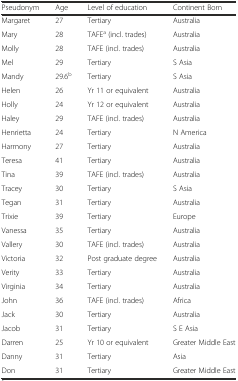
<table><thead><tr><td><b>Pseudonym</b></td><td><b>Age</b></td><td><b>Level of education</b></td><td><b>Continent Born</b></td></tr></thead><tbody><tr><td>Margaret</td><td>27</td><td>Tertiary</td><td>Australia</td></tr><tr><td>Mary</td><td>28</td><td>TAFE<sup>a</sup> (incl. trades)</td><td>Australia</td></tr><tr><td>Molly</td><td>28</td><td>TAFE (incl. trades)</td><td>Australia</td></tr><tr><td>Mel</td><td>29</td><td>Tertiary</td><td>S Asia</td></tr><tr><td>Mandy</td><td>29.6<sup>b</sup></td><td>Tertiary</td><td>S Asia</td></tr><tr><td>Helen</td><td>26</td><td>Yr 11 or equivalent</td><td>Australia</td></tr><tr><td>Holly</td><td>24</td><td>Yr 12 or equivalent</td><td>Australia</td></tr><tr><td>Haley</td><td>29</td><td>TAFE (incl. trades)</td><td>Australia</td></tr><tr><td>Henrietta</td><td>24</td><td>Tertiary</td><td>N America</td></tr><tr><td>Harmony</td><td>27</td><td>Tertiary</td><td>Australia</td></tr><tr><td>Teresa</td><td>41</td><td>Tertiary</td><td>Australia</td></tr><tr><td>Tina</td><td>39</td><td>TAFE (incl. trades)</td><td>Australia</td></tr><tr><td>Tracey</td><td>30</td><td>Tertiary</td><td>S Asia</td></tr><tr><td>Tegan</td><td>31</td><td>Tertiary</td><td>Australia</td></tr><tr><td>Trixie</td><td>39</td><td>Tertiary</td><td>Europe</td></tr><tr><td>Vanessa</td><td>35</td><td>Tertiary</td><td>Australia</td></tr><tr><td>Vallery</td><td>30</td><td>TAFE (incl. trades)</td><td>Australia</td></tr><tr><td>Victoria</td><td>32</td><td>Post graduate degree</td><td>Australia</td></tr><tr><td>Verity</td><td>33</td><td>Tertiary</td><td>Australia</td></tr><tr><td>Virginia</td><td>34</td><td>Tertiary</td><td>Australia</td></tr><tr><td>John</td><td>36</td><td>TAFE (incl. trades)</td><td>Africa</td></tr><tr><td>Jack</td><td>30</td><td>Tertiary</td><td>Australia</td></tr><tr><td>Jacob</td><td>31</td><td>Tertiary</td><td>S E Asia</td></tr><tr><td>Darren</td><td>25</td><td>Yr 10 or equivalent</td><td>Greater Middle East</td></tr><tr><td>Danny</td><td>31</td><td>Tertiary</td><td>Asia</td></tr><tr><td>Don</td><td>31</td><td>Tertiary</td><td>Greater Middle East</td></tr></tbody></table>